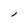
Character: l